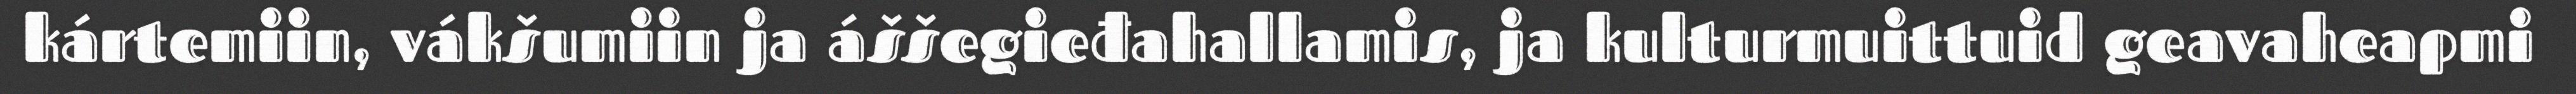
kártemiin, vákšumiin ja áššegieđahallamis, ja kulturmuittuid geavaheapmi